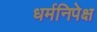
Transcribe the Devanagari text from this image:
धर्मनिपेक्ष